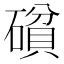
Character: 𰧝